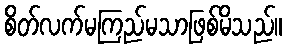
စိတ်လက်မကြည်မသာဖြစ်မိသည်။